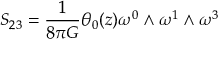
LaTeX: S _ { 2 3 } = \frac { 1 } { 8 { \pi } G } { \theta } _ { 0 } ( z ) { \omega } ^ { 0 } \wedge { \omega } ^ { 1 } \wedge { \omega } ^ { 3 }